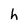
Character: h